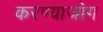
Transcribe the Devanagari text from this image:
करण्याजोग